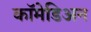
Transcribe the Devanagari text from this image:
कॉमेडिअन